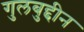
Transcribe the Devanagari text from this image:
गुलबुद्दीन